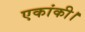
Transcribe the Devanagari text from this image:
एकांकी।